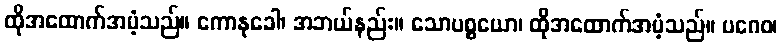
ထိုအထောက်အပံ့သည်။ ကောနုခေါ၊ အဘယ်နည်း။ သောပစ္စယော၊ ထိုအထောက်အပံ့သည်။ ပဂေဝ၊